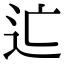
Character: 𨑑